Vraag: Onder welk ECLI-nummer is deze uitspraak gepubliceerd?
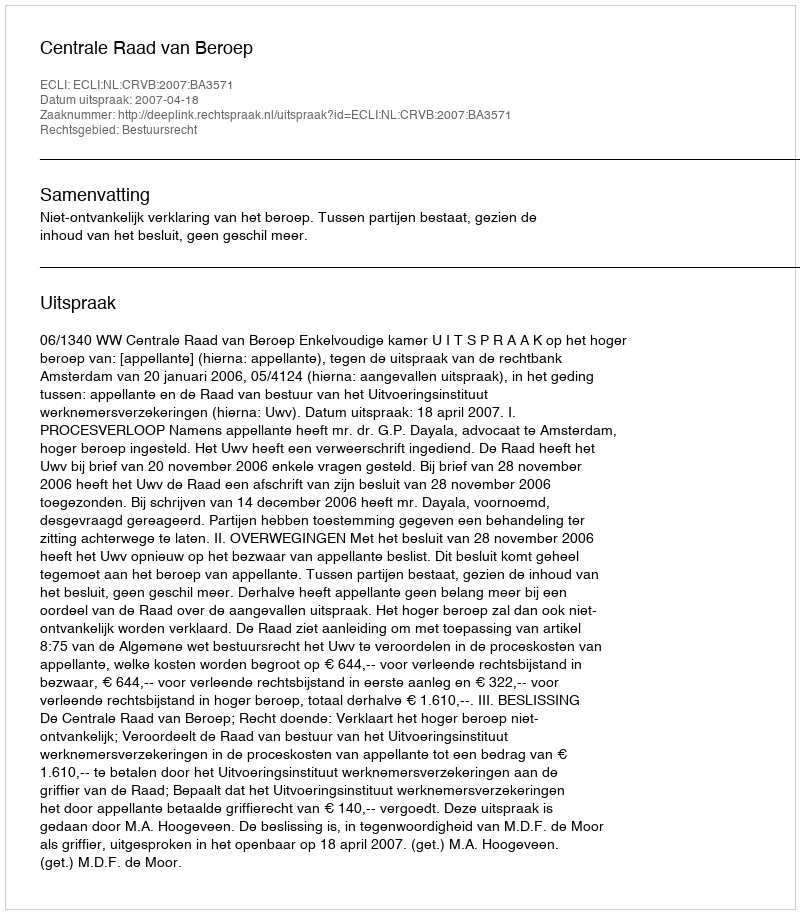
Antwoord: ECLI:NL:CRVB:2007:BA3571